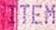
ITEM